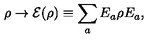
\rho \to { \cal E } ( \rho ) \equiv \sum _ { a } E _ { a } \rho E _ { a } ,